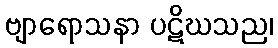
ဗျာရောသနာ ပဋိဃသည၊